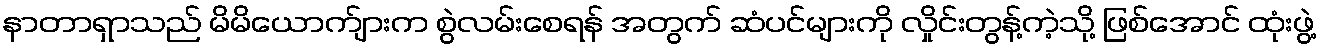
နာတာရှာသည် မိမိယောက်ျားက စွဲလမ်းစေရန် အတွက် ဆံပင်များကို လှိုင်းတွန့်ကဲ့သို့ ဖြစ်အောင် ထုံးဖွဲ့